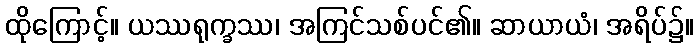
ထိုကြောင့်။ ယဿရုက္ခဿ၊ အကြင်သစ်ပင်၏။ ဆာယာယံ၊ အရိပ်၌။